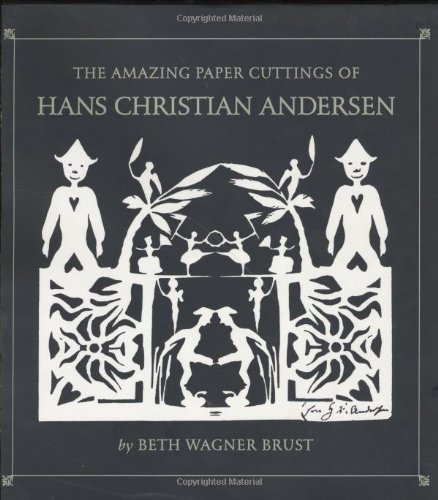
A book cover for The Amazing Paper Cuttings of Hans Christian Andersen; Beth Wagner Brust; Children's Books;